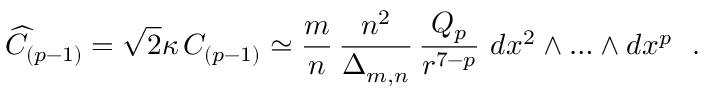
{ \widehat C } _ { ( p - 1 ) } = \sqrt { 2 } \kappa \, C _ { ( p - 1 ) } \simeq \frac { m } { n } \, \frac { n ^ { 2 } } { \Delta _ { m , n } } \, \frac { Q _ { p } } { r ^ { 7 - p } } ~ d x ^ { 2 } \wedge \ldots \wedge d x ^ { p } ~ ~ .